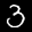
Label: 3